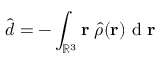
\hat { \b { d } } = - \int _ { \mathbb { R } ^ { 3 } } \ensuremath { \mathbf { r } } \; \hat { \rho } ( \ensuremath { \mathbf { r } } ) \ensuremath { \mathrm { ~ d ~ } } \ensuremath { \mathbf { r } }